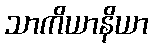
သာကိယာနိယာ